Lunatic asylums in Bengal annual reports 1899-1911 - 1899-1911
Year: 1899
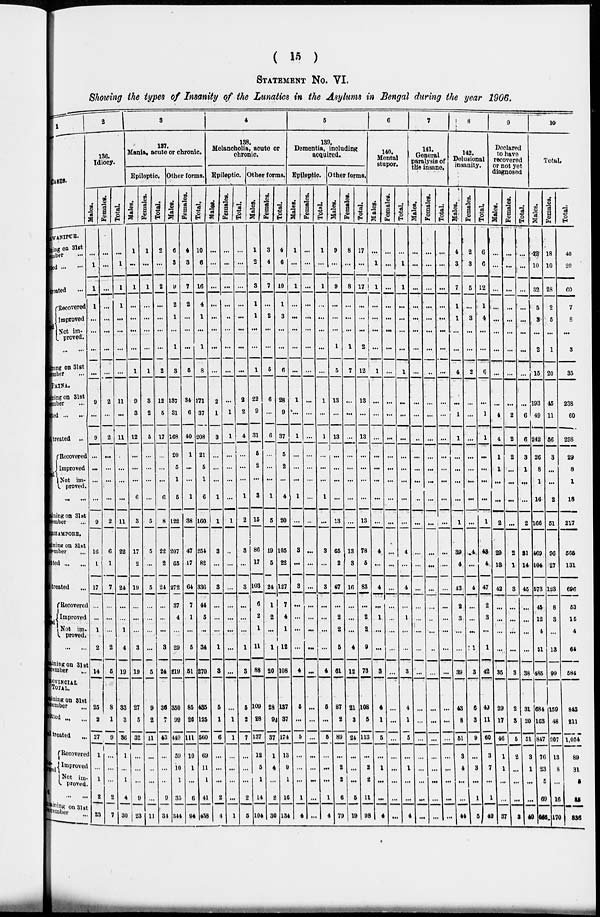
( 15 )
STATEMENT No. VI.
Showing the types of Insanity of the Lunatics in the Asylums in Bengal during the year 1906.
1
ASES.
BHAWANIPUR.
Remaining
on 31st
December ...
ed ... ...
eated
...
Discharged ...
Recovered
Improved
Not im-
proved.
... ...
Remaining
on 31st
December ...
PATNA.
Remaining
on 31st
December ...
ed ... ...
treated ..
Discharged ...
Recovered
Improved
Not im-
proved.
...
. . .
Remaining
on 31st
December ...
BERHAMPORE.
Remaining
31st
December ...
ted ... ...
treated ...
Discharged ...
Recovered
Improved
Not im-
proved.
...
...
Remaining
on 31st
December ...
PROVINCIAL
TOTAL.
Remaining
on 31st
December ...
ted
...
...
treated ...
Discharged ...
Recovered
Improved
Not Im-
proved.
... ...
Remaining 31st
December ...
2
136.
Idiocy.
Males.
...
1
1
1
...
...
...
...
9
...
9
...
...
...
...
9
16
1
17
...
...
1
2
14
25
2
27
1
...
1
2
23
Females.
...
...
...
...
...
...
...
...
2
...
2
...
...
...
...
2
6
1
7
...
...
...
2
5
8
1
9
...
...
...
2
7
Total.
...
1
1
1
...
...
...
...
11
...
11
...
...
...
...
11
22
2
24
...
...
1
4
19
33
3
36
1
...
1
4
30
3
137.
Mania, acute or chronic.
Epileptic.
Males.
1
...
1
...
...
...
...
1
9
3
12
...
...
...
6
3
17
2
19
...
...
...
3
19
27
5
32
...
...
...
9
23
Females.
1
...
1
...
...
...
...
1
3
2
5
...
...
...
...
5
5
...
5
...
...
...
...
5
9
2
11
...
...
...
...
11
Total.
2
...
2
...
...
...
...
2
12
5
17
...
...
...
6
8
22
2
24
...
...
...
3
24
36
7
43
...
...
...
9
34
Other forms.
Males.
6
3
9
2
1
...
1
3
137
31
168
20
5
1
5
122
207
65
272
37
4
...
29
219
350
99
449
59
10
1
35
344
Females.
4
3
7
2
...
...
...
5
34
6
40
1
...
...
1
38
47
17
64
7
1
...
5
51
85
26
111
10
1
...
6
94
Total.
10
6
16
4
1
...
1
8
171
37
208
21
5
1
6
160
254
82
336
44
5
...
34
270
435
125
560
69
11
1
41
438
4
138.
Melancholia, acute or
chronic.
Epileptic.
Males.
...
...
...
...
...
...
...
...
2
1
3
...
...
...
1
1
3
...
3
...
...
...
1
3
5
1
6
...
...
...
2
4
Females.
...
...
...
...
...
...
...
...
...
1
1
...
...
...
...
1
...
...
...
...
...
...
...
...
...
1
1
...
...
...
...
1
Total.
...
...
...
...
...
...
...
...
2
2
4
...
...
...
1
2
3
...
3
...
...
...
1
3
5
2
7
...
...
2
5
Other forms.
Males.
1
2
3
1
1
...
...
1
22
9
31
5
2
...
3
15
86
17
103
6
2
1
11
88
109
28
137
12
5
1
14
104
Females.
3
4
7
...
2
...
...
5
6
...
6
...
...
...
1
5
19
5
24
1
2
...
1
20
28
9
37
1
4
...
2
30
Total.
4
6
10
1
3
...
...
6
28
9
37
5
2
...
4
20
105
22
127
7
4
1
12
108
137
37
174
13
9
1
16
134
5
139.
Dementia, including
acquired.
Epileptic.
Males.
1
...
1
...
...
...
...
...
1
...
1
...
...
...
1
...
3
...
3
...
...
...
...
4
5
...
5
...
...
...
1
4
Females.
...
...
...
...
...
...
...
...
...
...
...
...
...
...
...
...
...
...
...
...
...
...
...
...
...
...
...
...
...
...
...
...
Total.
1
...
1
...
...
...
...
...
1
...
1
...
...
...
1
...
3
...
3
...
...
...
...
4
5
...
5
...
...
...
1
4
Other forms.
Males.
9
...
9
...
...
...
1
5
13
...
13
...
...
...
...
13
65
2
67
...
2
2
5
61
87
2
89
...
2
2
6
79
Females.
8
...
8
...
...
...
1
7
...
...
...
...
...
...
...
...
13
3
16
...
...
...
4
12
21
3
24
...
...
...
5
19
Total.
17
...
17
...
...
...
2
12
13
...
13
...
...
...
...
13
78
5
83
...
2
2
9
73
108
5
113
...
2
2
11
98
6
140.
Mental
stupor.
Males.
...
1
1
...
...
...
...
1
...
...
...
...
...
...
...
...
4
...
4
...
1
...
...
3
4
1
5
...
1
...
...
4
Females.
...
...
...
...
...
...
...
...
...
...
...
...
...
...
...
...
...
...
...
...
...
...
...
...
...
...
...
...
...
...
...
...
Total.
...
1
1
...
...
...
...
1
...
...
...
...
...
...
...
...
4
...
4
...
1
...
...
3
4
1
5
...
1
...
...
4
7
141.
General
paralysis of
the insane.
Males.
...
...
...
...
...
...
...
...
...
...
...
...
...
...
...
...
...
...
...
...
...
...
...
...
...
...
...
...
...
...
...
...
Females.
...
...
...
...
...
...
...
...
...
...
...
...
...
...
...
...
...
...
...
...
...
...
...
...
...
...
...
...
...
...
...
...
Total.
...
...
...
...
...
...
...
...
...
...
...
...
...
...
...
...
...
...
...
...
...
...
...
...
...
...
...
...
...
...
...
...
8
142.
Delusional
insanity.
Males.
4
3
7
1
1
...
...
4
...
1
1
...
...
...
...
1
39
4
43
2
3
...
...
39
43
8
51
3
4
...
...
44
Females.
2
3
5
...
3
...
...
2
...
...
...
...
...
...
...
...
4
...
4
...
...
...
1
3
6
3
9
...
3
...
1
5
Total.
6
6
12
1
4
...
...
6
...
1
1
...
...
...
...
1
43
4
47
2
3
...
1
42
49
11
60
3
7
...
1
49
9
Declared
to have
recovered
or not yet
diagnosed
Males.
...
...
...
...
...
...
...
...
...
4
4
1
1
...
...
2
29
13
42
...
...
...
...
35
29
17
46
1
1
...
...
37
Females.
...
...
...
...
...
...
...
...
...
2
2
2
...
...
...
...
2
1
3
...
...
...
...
3
2
3
5
2
...
...
...
3
Total.
...
...
...
...
...
...
...
...
...
6
6
3
1
...
...
2
31
14
45
...
...
...
...
38
31
20
51
3
1
...
...
4 0
10
Total.
Males.
22
10
32
5
3
...
2
15
193
49
242
26
8
1
16
166
469
104
573
45
12
4
51
485
684
163
847
76
23
5
69
166
Females.
18
10
28
2
5
...
1
20
45
11
66
3
...
...
2
51
96
27
123
8
3
...
13
99
159
48
207
13
8
...
16
170
Total.
40
20
60
7
8
...
3
35
238
60
298
29
8
1
18
217
565
131
696
53
15
4
64
584
843
211
1,054
89
31
5
85
336